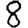
Digit: 8